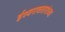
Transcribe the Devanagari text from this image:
ईश्वरावतारांच्या